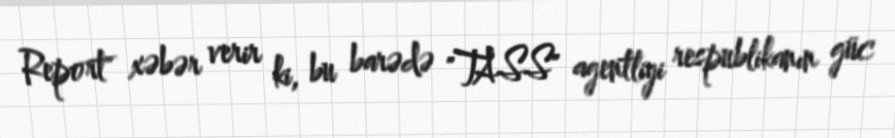
Report" xəbər verir ki, bu barədə "TASS" agentliyi respublikanın güc